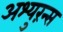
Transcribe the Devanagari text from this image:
अश्युरंन्स